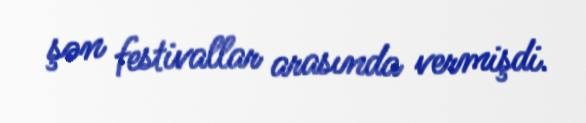
şən festivallar arasında vermişdi.